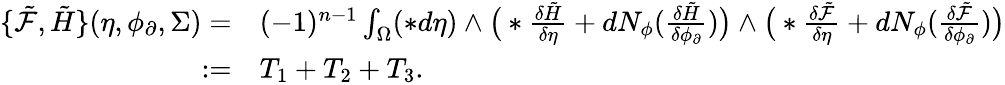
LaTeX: \begin{array}{rl}{\{ \tilde{\mathcal{F}},\tilde{H}\} (\eta,\phi_{\partial},\Sigma)=}&{{}(-1)^{n-1}\int_{\Omega}(\ast d\eta)\wedge\big(\ast\frac{\delta\tilde{H}}{\delta\eta}+dN_{\phi}(\frac{\delta\tilde{H}}{\delta\phi_{\partial}})\big)\wedge\big(\ast\frac{\delta\tilde{\mathcal{F}}}{\delta\eta}+dN_{\phi}(\frac{\delta\tilde{\mathcal{F}}}{\delta\phi_{\partial}})\big)}\\ {:=}&{{}T_{1}+T_{2}+T_{3}.}\end{array}